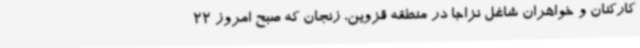
کارکنان و خواهران شاغل نزاجا در منطقه قزوین، زنجان که صبح امروز 22